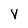
Character: v